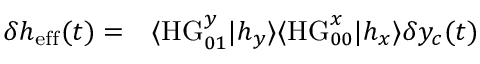
\begin{array} { r l } { \delta h _ { \mathrm { e f f } } ( t ) = } & { { } \langle \mathrm { H G } _ { 0 1 } ^ { y } | h _ { y } \rangle \langle \mathrm { H G } _ { 0 0 } ^ { x } | h _ { x } \rangle \delta y _ { c } ( t ) } \end{array}